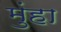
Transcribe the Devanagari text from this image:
मुंहा